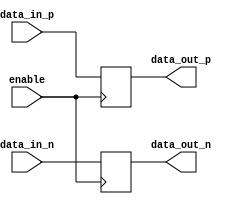
module differential_bidirectional_buffer (
    input wire data_in_p,
    input wire data_in_n,
    input wire enable,
    output wire data_out_p,
    output wire data_out_n
);

reg buffer_data_in_p;
reg buffer_data_in_n;

assign data_out_p = buffer_data_in_p;
assign data_out_n = buffer_data_in_n;

always @ (posedge enable)
begin
    if (enable)
    begin
        buffer_data_in_p <= data_in_p;
        buffer_data_in_n <= data_in_n;
    end
end

endmodule